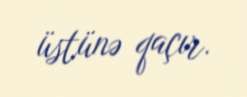
üstünə qaçır.